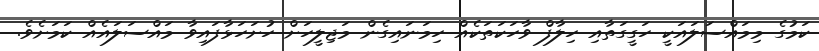
ކަމުގެ މިމައްސަލައަކީ ހަގީގަތާއި ހިލާފް ވާހަކަތަކެއް ހިމަނައިގެން މަޖިލީހަށް ހުށަހަޅާފައިވާ މައްސަލައެއް ކަމަށެވެ.